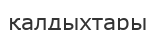
қалдыхтары